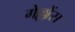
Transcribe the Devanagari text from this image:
गेल्लोंस